Annual statistical returns and brief notes on vaccination in Bengal - 1887-1898
Year: 1887
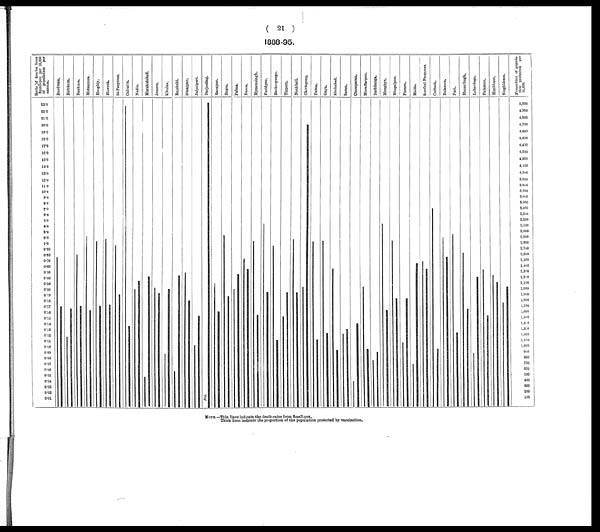
( 21 )
1888-95.
NOTE.—Thin lines indicate the death-rates from Small-pox.
Thick lines indicate the proportion of the population protected by vaccination.